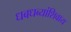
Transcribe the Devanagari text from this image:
धबधब्यांशिवाय